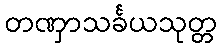
တဏှာသင်္ခယသုတ္တ